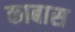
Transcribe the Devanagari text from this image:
काबास